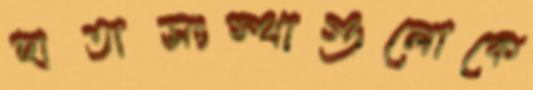
দাতাসংস্থাগুলোকে